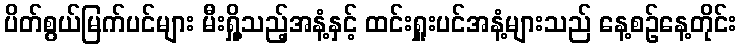
ပိတ်စွယ်မြက်ပင်များ မီးရှို့သည့်အနံ့နှင့် ထင်းရှူးပင်အနံ့များသည် နေ့စဉ်နေ့တိုင်း